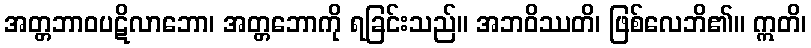
အတ္တဘာဝပဋိလာဘော၊ အတ္တဘောကို ရခြင်းသည်။ အဘဝိဿတိ၊ ဖြစ်လေဘိ၏။ ဣတိ၊